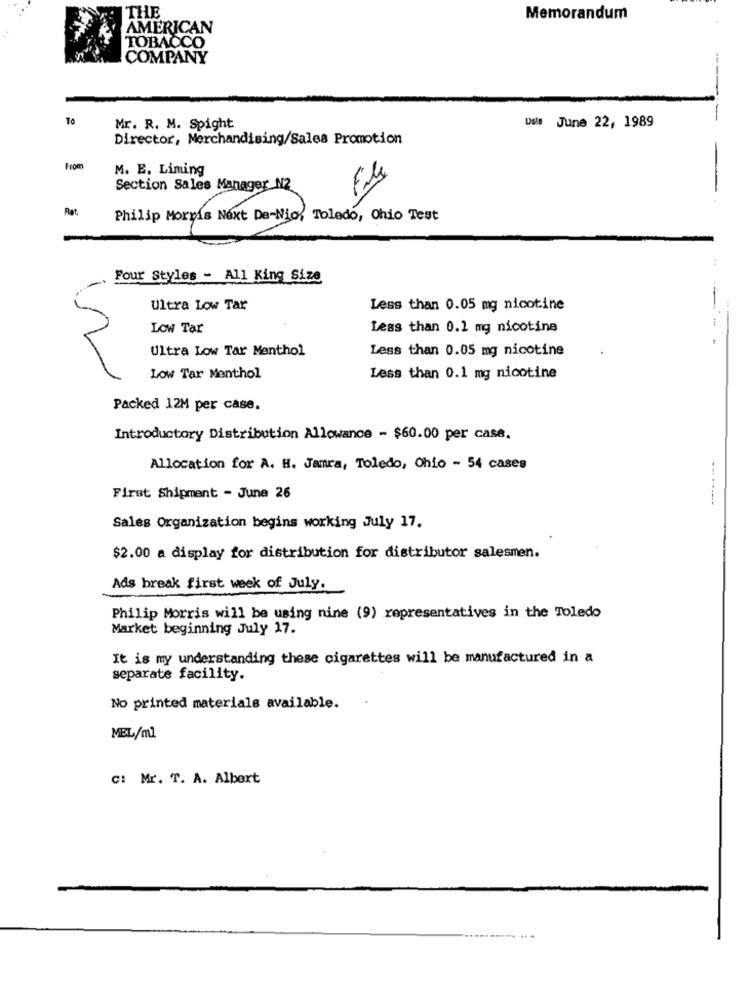
THE
Memorandum
AMERICAN
TOBACCO
COMPANY
To
Mr. R. M. Spight
Dsl: June 22, 1989
Director, Merchandising/Sales Promotion
From
M. E. Liming
Section Sales Manager N2
File
Rat.
-.
Philip Morris Next De-Nio, Toledo, Ohio Test
Four Styles - All King Size
Ultra Low Tar
Less than 0.05 mg nicotine
Low Tar
Less than 0.1 mg nicotine
Ultra Low Tar Menthol
Less than 0.05 mg nicotine
----- -
Low Tar Menthol
Less than 0.1 mg nicotine
Packed 12M per case.
Introductory Distribution Allowance - $60.00 per case.
Allocation for A. H. Janra, Toledo, Ohio - 54 cases
First Shipment - June 26
Sales Organization begins working July 17.
$2.00 a display for distribution for distributor salesmen.
Ads break first week of July.
Philip Morris will be using nine (9) representatives in the Toledo
Market beginning July 17.
It is my understanding these cigarettes will be manufactured in a
separate facility.
No printed materials available.
MEL/ml
C: Mr. T. A. Albert